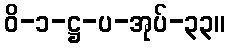
ဝိ-၁-ဋ္ဌ-ပ-အုပ်-၃၃။